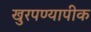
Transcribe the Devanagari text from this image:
खुरपण्यापीक